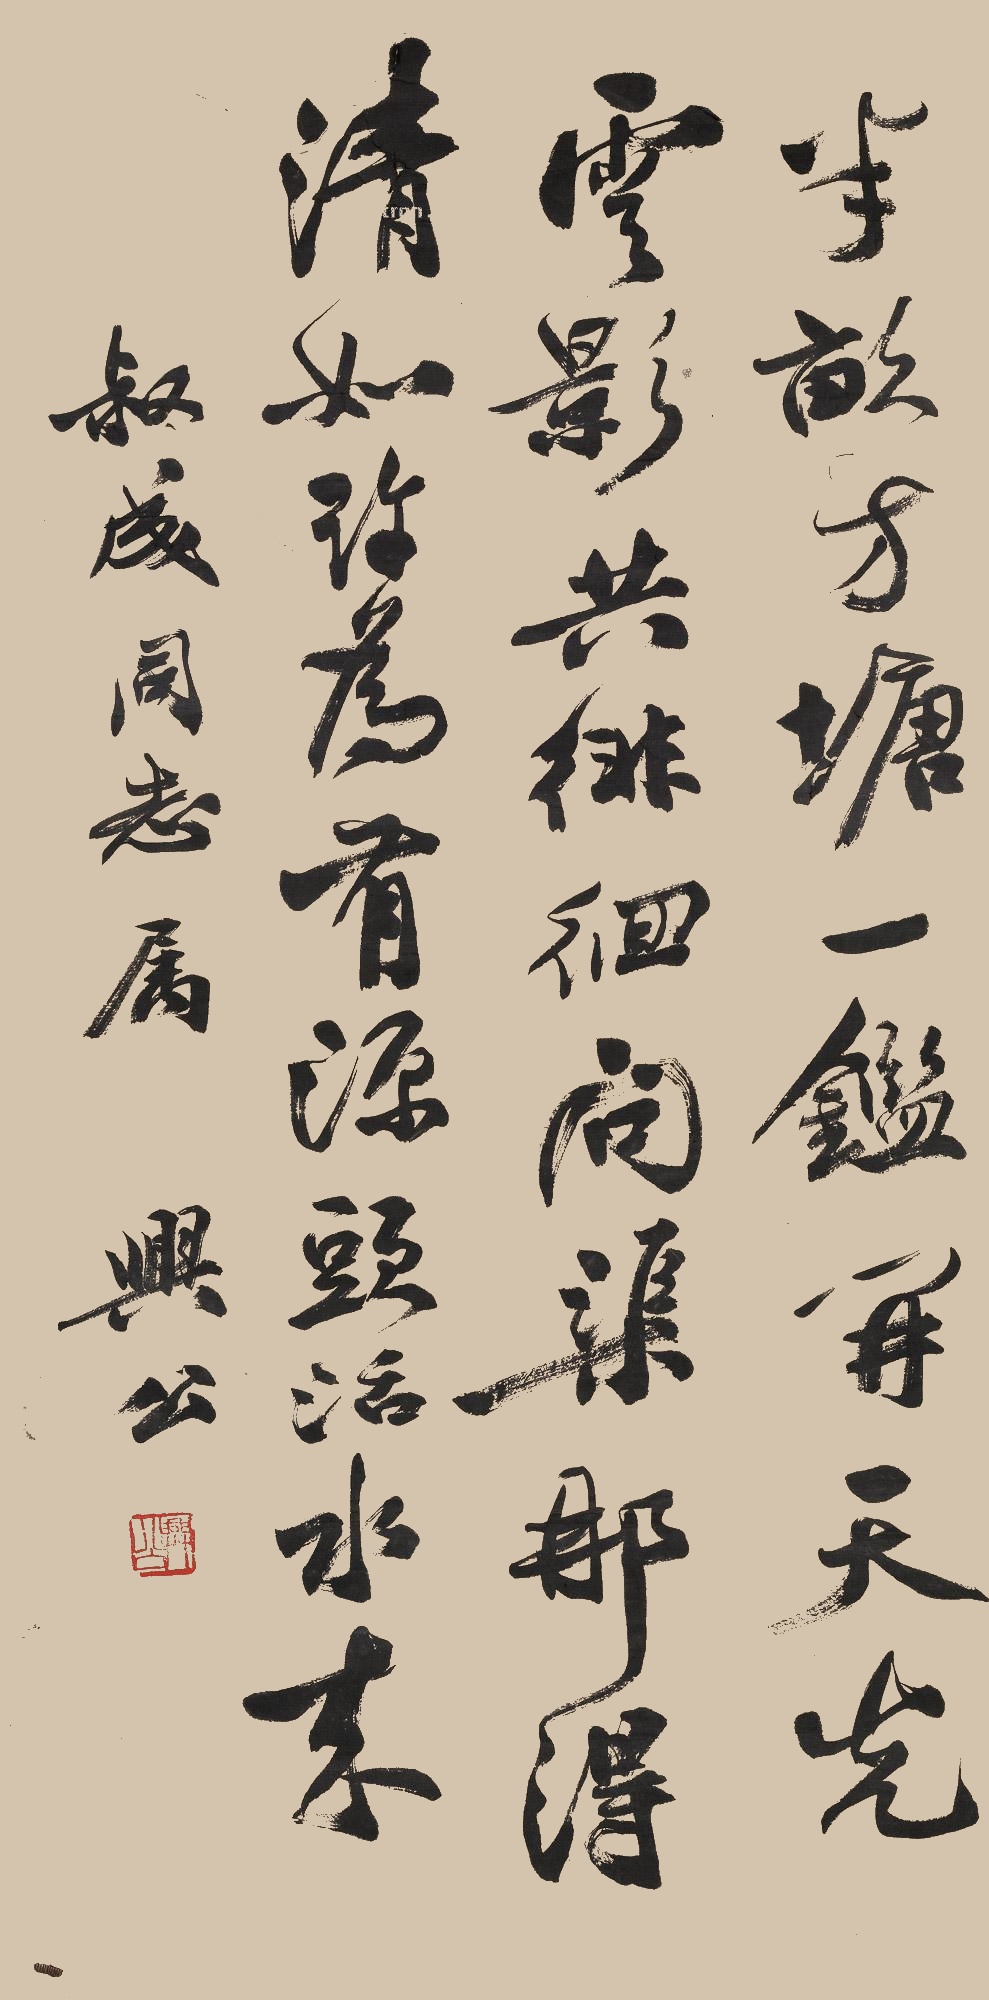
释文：半亩方塘一鉴开，天光云影共徘徊。问渠那得清如许，为有源头活水来。叔成同志属，兴公。